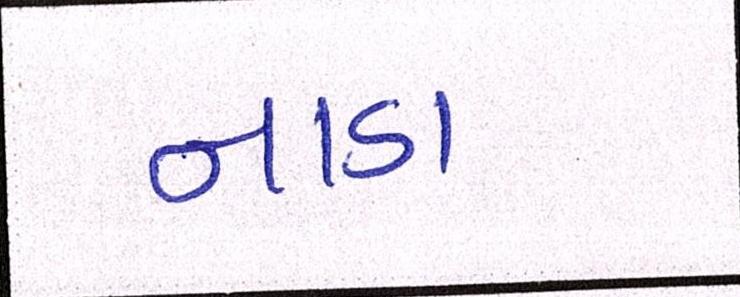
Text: નાડા